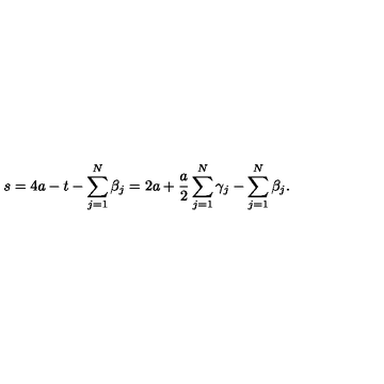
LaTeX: s = 4 a - t - \sum _ { j = 1 } ^ { N } \beta _ { j } = 2 a + \frac { a } { 2 } \sum _ { j = 1 } ^ { N } \gamma _ { j } - \sum _ { j = 1 } ^ { N } \beta _ { j } .